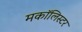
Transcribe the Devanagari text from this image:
मकॉलिस्टर